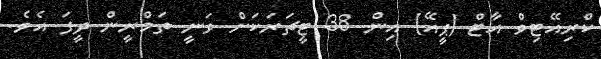
ކްރިއޭޓިވް އާޓް (ޕީއޭ) އިން 38 ޓީޗަރަކަށް ވަނީ ތަމްރީން ދީފަ އެވެ.